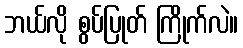
ဘယ်လို စွပ်ပြုတ် ကြိုက်လဲ။